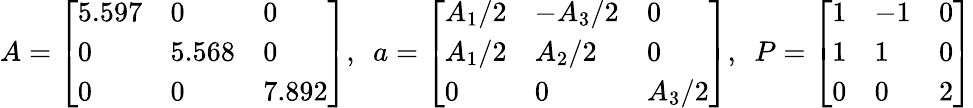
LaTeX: A=\left[\begin{array}{lll}{5.597}&{0}&{0}\\ {0}&{5.568}&{0}\\ {0}&{0}&{7.892}\end{array}\right],~~a=\left[\begin{array}{lll}{A_{1}/2}&{-A_{3}/2}&{0}\\ {A_{1}/2}&{A_{2}/2}&{0}\\ {0}&{0}&{A_{3}/2}\end{array}\right],~~P=\left[\begin{array}{lll}{1}&{-1}&{0}\\ {1}&{1}&{0}\\ {0}&{0}&{2}\end{array}\right]